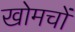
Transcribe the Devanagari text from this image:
खोमचों